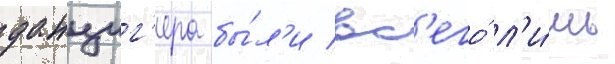
данциг'ера бы́л'и вс'его́ л'и́шь